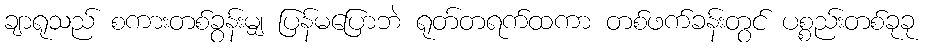
ချာရုသည် စကားတစ်ခွန်းမျှ ပြန်မပြောဘဲ ရုတ်တရက်ထကာ တစ်ဖက်ခန်းတွင် ပစ္စည်းတစ်ခုခု